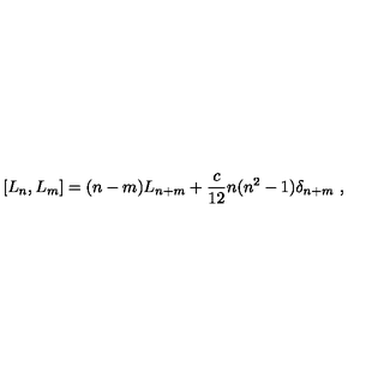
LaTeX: \left[ L _ { n } , L _ { m } \right] = ( n - m ) L _ { n + m } + { \frac { c } { 1 2 } } n ( n ^ { 2 } - 1 ) \delta _ { n + m } \ ,